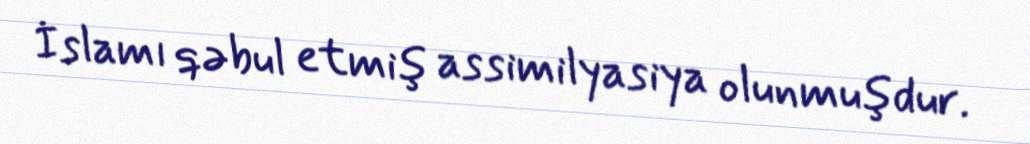
İslamı qəbul etmiş assimilyasiya olunmuşdur.